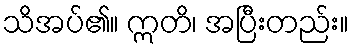
သိအပ်၏။ ဣတိ၊ အပြီးတည်း။